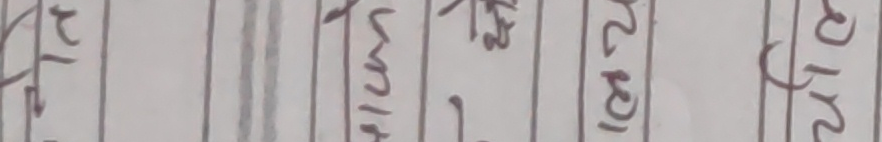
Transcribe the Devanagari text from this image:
सा २३/२